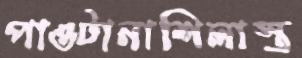
পাওটানাশিলাস্ত